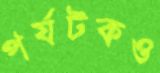
পর্যটকও